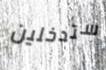
ستدخلين